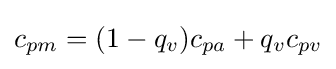
c_{pm}=(1-q_{v})c_{pa}+q_{v}c_{pv}